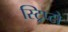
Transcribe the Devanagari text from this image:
स्ट्रिप्टो